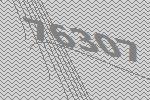
76307